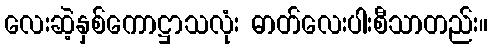
လေးဆဲ့နှစ်ကောဋ္ဌာသလုံး ဓာတ်လေးပါးစီသာတည်း။